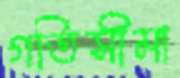
গতিসীমা